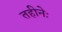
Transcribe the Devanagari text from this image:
तहीनेः